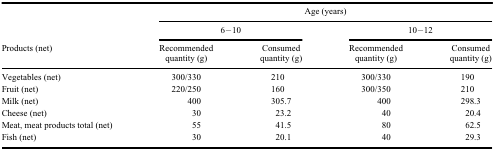
<table><thead><tr><td><b> </b></td><td colspan="4"><b>Age (years)</b></td></tr><tr><td><b> </b></td><td colspan="2"><b>6–10</b></td><td colspan="2"><b>10–12</b></td></tr><tr><td><b>Products (net)</b></td><td><b>Recommended quantity (g)</b></td><td><b>Consumed quantity (g)</b></td><td><b>Recommended quantity (g)</b></td><td><b>Consumed quantity (g)</b></td></tr></thead><tbody><tr><td>Vegetables (net)</td><td>300/330</td><td>210</td><td>300/330</td><td>190</td></tr><tr><td>Fruit (net)</td><td>220/250</td><td>160</td><td>300/350</td><td>210</td></tr><tr><td>Milk (net)</td><td>400</td><td>305.7</td><td>400</td><td>298.3</td></tr><tr><td>Cheese (net)</td><td>30</td><td>23.2</td><td>40</td><td>20.4</td></tr><tr><td>Meat, meat products total (net)</td><td>55</td><td>41.5</td><td>80</td><td>62.5</td></tr><tr><td>Fish (net)</td><td>30</td><td>20.1</td><td>40</td><td>29.3</td></tr></tbody></table>